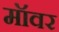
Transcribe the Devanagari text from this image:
मॉवर